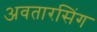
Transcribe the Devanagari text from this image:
अवतारसिंग